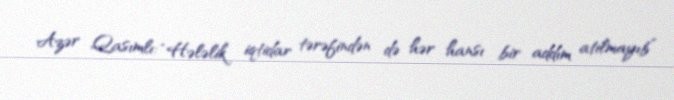
Azər Qasımlı: “Hələlik iqtidar tərəfindən də hər hansı bir addım atılmayıb”